Malaria in the Andamans - Number 56
Disease focus: Malaria
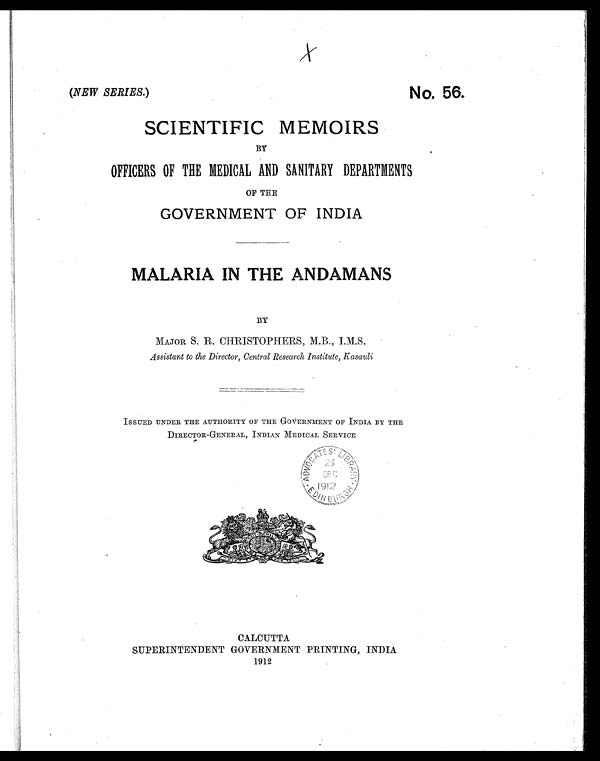
(NEW SERIES. )
No. 56.
SCIENTIFIC MEMOIRS
BY
OFFICERS OF THE MEDICAL AND SANITARY DEPARTMENTS
OF THE
GOVERNMENT OF INDIA
MALARIA IN THE ANDAMANS
BY
MAJOR S. R. CHRISTOPHERS, M.B., I.M.S.
Assistant to the Director, Central Research Institute, Kasauli
ISSUED UNDER THE AUTHORITY OF THE GOVERNMENT OF INDIA BY THE
DIRECTOR-GENERAL, INDIAN MEDICAL SERVICE
CALCUTTA
SUPERINTENDENT GOVERNMENT PRINTING, INDIA
1912